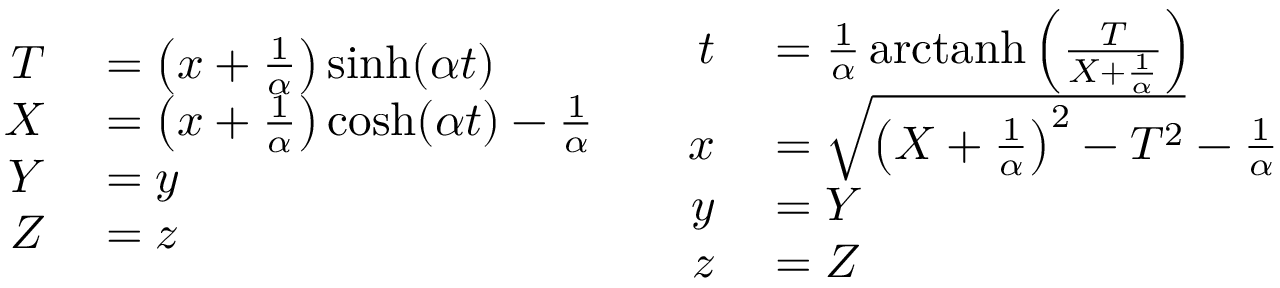
\begin{array} { c c } { { \begin{array} { r l } { T } & { { } = \left( x + { \frac { 1 } { \alpha } } \right) \sinh ( \alpha t ) } \\ { X } & { { } = \left( x + { \frac { 1 } { \alpha } } \right) \cosh ( \alpha t ) - { \frac { 1 } { \alpha } } } \\ { Y } & { { } = y } \\ { Z } & { { } = z } \end{array} } } & { { \begin{array} { r l } { t } & { { } = { \frac { 1 } { \alpha } } \operatorname { a r c t a n h } \left( { \frac { T } { X + { \frac { 1 } { \alpha } } } } \right) } \\ { x } & { { } = { \sqrt { \left( X + { \frac { 1 } { \alpha } } \right) ^ { 2 } - T ^ { 2 } } } - { \frac { 1 } { \alpha } } } \\ { y } & { { } = Y } \\ { z } & { { } = Z } \end{array} } } \end{array}